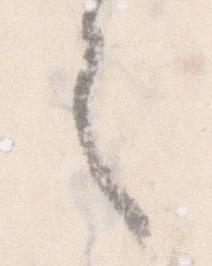
之